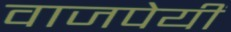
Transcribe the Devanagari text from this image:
वाजपेयीं